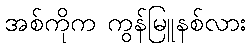
အစ်ကိုက ကွန်မြူနစ်လား